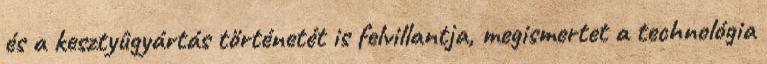
és a kesztyûgyártás történetét is felvillantja, megismertet a technológia